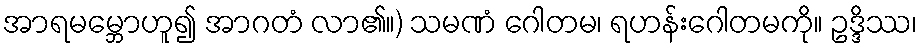
အာရမမ္ဘောဟူ၍ အာဂတံ လာ၏။) သမဏံ ဂေါတမ၊ ရဟန်းဂေါတမကို။ ဥဒ္ဒိဿ၊